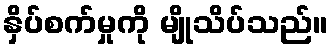
နှိပ်စက်မှုကို မျိုသိပ်သည်။